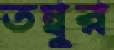
তম্বুর